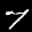
Label: 7